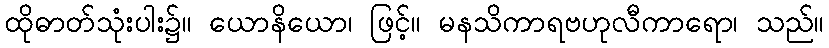
ထိုဓာတ်သုံးပါး၌။ ယောနိယော၊ ဖြင့်။ မနသိကာရဗဟုလီကာရော၊ သည်။